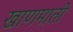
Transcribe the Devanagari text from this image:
खाणमाती